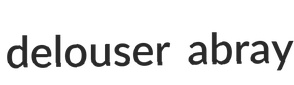
delouser abray